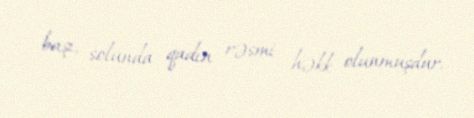
başı, solunda qadın rəsmi həkk olunmuşdur.